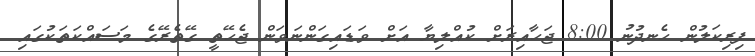
ފިރިކަލުން ހެނދުނު 8:00 ޖަހާއިރަށް ކުއްލިޔާ އަށް ވަޑައިގަންނަވަން ޖެހޭތީ ގޭތެރޭގެ މަސައްކަތަކުގައި